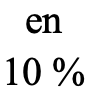
en 10 %